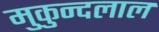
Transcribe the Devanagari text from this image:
मुकुन्दलाल